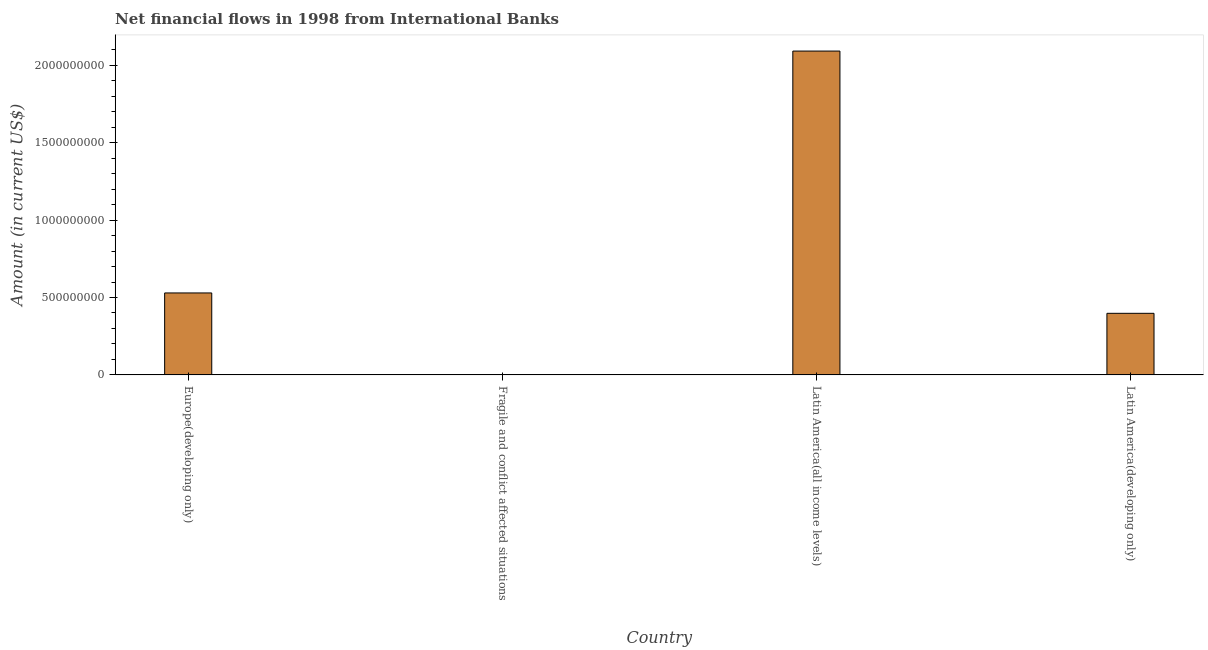
| Country | Net financial flows from IBRD |
 | --- | --- |
 | Europe(developing only) | 5.29e+08 |
 | Fragile and conflict affected situations | -1.28e+08 |
 | Latin America(all income levels) | 2.09e+09 |
 | Latin America(developing only) | 3.98e+08 |